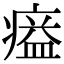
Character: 𤸸